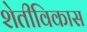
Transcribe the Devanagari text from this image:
शेतीविकास